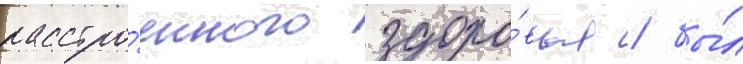
расстро́енного здоро́вья / бы́л